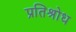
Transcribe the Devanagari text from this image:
प्रतिश्रोध